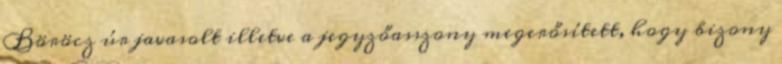
Böröcz úr javasolt illetve a jegyzőasszony megerősített, hogy bizony